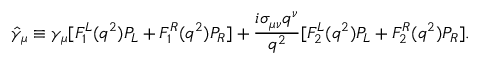
\hat { \gamma } _ { \mu } \equiv \gamma _ { \mu } [ F _ { 1 } ^ { L } ( q ^ { 2 } ) P _ { L } + F _ { 1 } ^ { R } ( q ^ { 2 } ) P _ { R } ] + \frac { i \sigma _ { \mu \nu } q ^ { \nu } } { q ^ { 2 } } [ F _ { 2 } ^ { L } ( q ^ { 2 } ) P _ { L } + F _ { 2 } ^ { R } ( q ^ { 2 } ) P _ { R } ] .